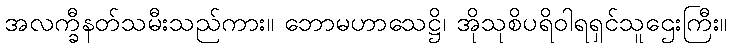
အလက္ခီနတ်သမီးသည်ကား။ ဘောမဟာသေဋ္ဌိ၊ အိုသုစိပရိဝါရရှင်သူဌေးကြီး။